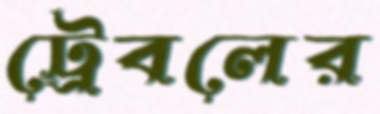
ট্রেবলের